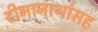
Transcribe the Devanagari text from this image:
दीनानाथांसह